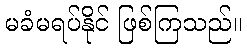
မခံမရပ်နိုင် ဖြစ်ကြသည်။